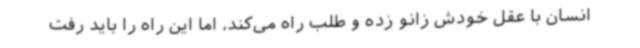
انسان با عقل خودش زانو زده و طلب راه می‌کند، اما این راه را باید رفت